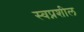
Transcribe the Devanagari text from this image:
स्वप्नशील